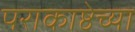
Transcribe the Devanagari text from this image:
पराकाष्ठेच्या